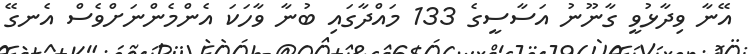
އޭނާ ވިދާޅުވީ ގާނޫނު އަސާސީގެ 133 މައްދާގައި ބުނާ ވާހަކަ އެންމެންނަށްވެސް އެނގޭ